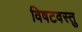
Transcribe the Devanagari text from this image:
विषटवस्तु